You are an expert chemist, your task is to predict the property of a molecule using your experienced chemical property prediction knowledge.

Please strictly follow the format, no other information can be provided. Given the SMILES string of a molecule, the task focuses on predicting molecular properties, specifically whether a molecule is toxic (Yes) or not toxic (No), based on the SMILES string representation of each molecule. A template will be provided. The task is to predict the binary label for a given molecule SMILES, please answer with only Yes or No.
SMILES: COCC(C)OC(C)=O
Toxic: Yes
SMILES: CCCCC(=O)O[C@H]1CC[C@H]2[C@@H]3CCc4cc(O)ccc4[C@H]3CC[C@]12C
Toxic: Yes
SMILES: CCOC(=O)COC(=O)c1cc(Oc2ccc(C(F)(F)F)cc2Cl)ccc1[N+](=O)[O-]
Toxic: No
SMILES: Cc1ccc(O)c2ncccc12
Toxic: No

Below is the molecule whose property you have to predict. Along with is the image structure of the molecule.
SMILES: O=CCc1ccccc1
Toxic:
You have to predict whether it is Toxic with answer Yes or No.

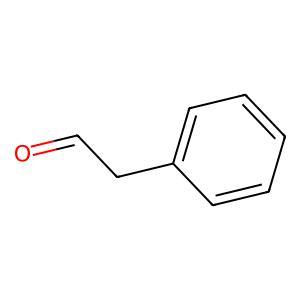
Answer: No